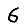
Digit: 6